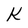
Character: K